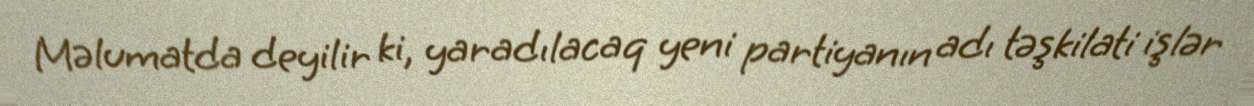
Məlumatda deyilir ki, yaradılacaq yeni partiyanın adı təşkilati işlər